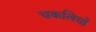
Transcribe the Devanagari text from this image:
चकलियों